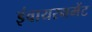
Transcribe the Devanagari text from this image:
इंवायरनमेंट